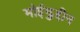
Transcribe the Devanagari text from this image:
मोईझुद्दीन